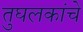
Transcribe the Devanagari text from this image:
तुघलकांचे